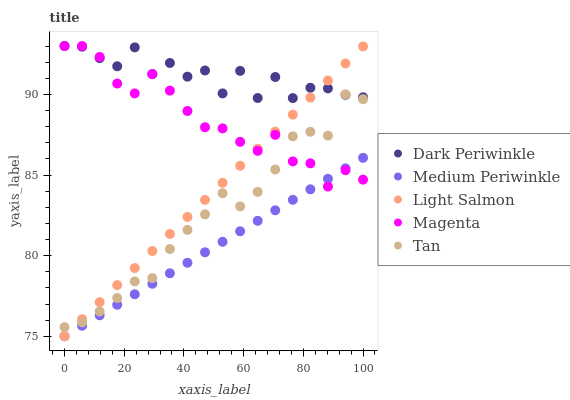
| xaxis_label | Dark Periwinkle | Medium Periwinkle | Light Salmon | Magenta | Tan |
 | --- | --- | --- | --- | --- | --- |
 | 0 | 93 | 75 | 75 | 93 | 75.6 |
 | 5.88 | 93 | 75.7 | 76.1 | 93 | 75.9 |
 | 11.8 | 92.2 | 76.3 | 77.1 | 92.3 | 76.5 |
 | 17.6 | 91.7 | 77 | 78.2 | 90.7 | 77.4 |
 | 23.5 | 92.9 | 77.6 | 79.2 | 90.1 | 78.4 |
 | 29.4 | 91.3 | 78.3 | 80.3 | 91.3 | 78.6 |
 | 35.3 | 91.9 | 78.9 | 81.3 | 90.2 | 80.4 |
 | 41.2 | 91.1 | 79.6 | 82.4 | 89 | 81.6 |
 | 47.1 | 91.5 | 80.2 | 83.5 | 88 | 82.6 |
 | 52.9 | 90.1 | 80.9 | 84.5 | 87.9 | 83.9 |
 | 58.8 | 91.5 | 81.5 | 85.6 | 87.1 | 83.1 |
 | 64.7 | 89.8 | 82.2 | 86.6 | 86.5 | 84 |
 | 70.6 | 91.1 | 82.8 | 87.7 | 87.5 | 85.3 |
 | 76.5 | 89.8 | 83.5 | 88.7 | 85.8 | 87.4 |
 | 82.4 | 90.4 | 84.1 | 89.8 | 85.7 | 87.7 |
 | 88.2 | 90.4 | 84.8 | 90.9 | 84.3 | 87.4 |
 | 94.1 | 90 | 85.4 | 91.9 | 85.3 | 90 |
 | 100 | 89.8 | 86.1 | 93 | 84.7 | 89.7 |